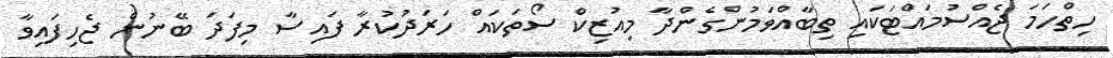
ހިތްހަމަ ޖެއްސުމައްޓަކައި ތިބާއްވަމުންގެންދާ މިއުޒިކް ސޯތަކައް ހަރަދުކުރާ ފައިސާ މިފަދަ ބޭނުން ޖެހިފައިވާ